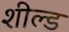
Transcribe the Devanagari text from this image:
शील्‍ड